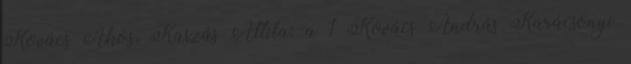
Kovács Ákos, Kaszás Attila: a 1 Kovács András Karácsonyi